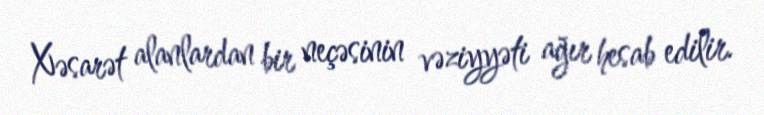
Xəsarət alanlardan bir neçəsinin vəziyyəti ağır hesab edilir.